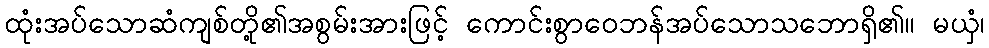
ထုံးအပ်သောဆံကျစ်တို့၏အစွမ်းအားဖြင့် ကောင်းစွာဝေဘန်အပ်သောသဘောရှိ၏။ မယှံ၊